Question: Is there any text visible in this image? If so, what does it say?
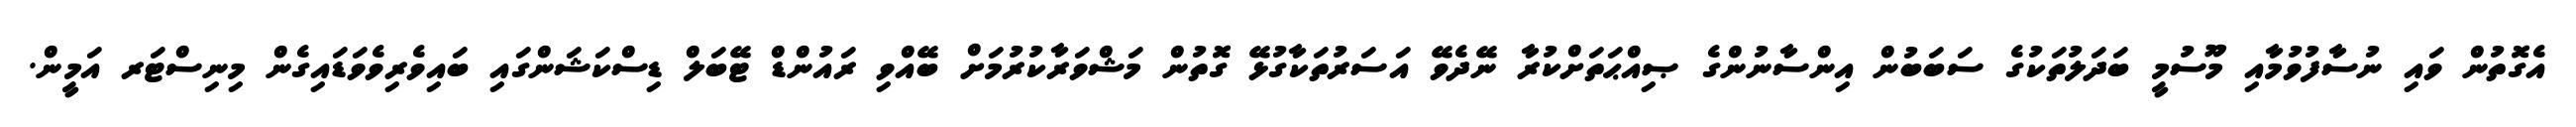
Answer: އެގޮތުން ވައި ނުސާފުވުމާއި މޫސުމީ ބަދަލުތަކުގެ ސަބަބުން އިންސާނުންގެ ޞިއްޙަތަށްކުރާ ނޭދެވޭ އަސަރުތަކާގުޅޭ ގޮތުން މަޝްވަރާކުރުމަށް ބޭއްވި ރައުންޑް ޓޭބަލް ޑިސްކަޝަންގައި ބައިވެރިވެވަޑައިގެން މިނިސްޓަރ އަމީން.